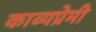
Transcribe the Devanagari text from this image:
काव्यप्रेमी